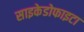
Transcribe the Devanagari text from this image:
साइकेडोफाइटा